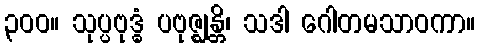
၃၀၀။ သုပ္ပဗုဒ္ဓံ ပဗုဇ္ဈန္တိ၊ သဒါ ဂေါတမသာဝကာ။